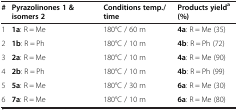
<table><thead><tr><td><b>#</b></td><td><b>Pyrazolinones 1 &amp; isomers 2</b></td><td><b>Conditions temp./time</b></td><td><b>Products yield<sup>a </sup>(%)</b></td></tr></thead><tbody><tr><td>1</td><td><b>1a</b>: R = Me</td><td>180°C / 60 m</td><td><b>4a</b>: R = Me (35)</td></tr><tr><td>2</td><td><b>1b</b>: R = Ph</td><td>180°C / 10 m</td><td><b>4b</b>: R = Ph (72)</td></tr><tr><td>3</td><td><b>2a</b>: R = Me</td><td>180°C / 10 m</td><td><b>4a</b>: R = Me (90)</td></tr><tr><td>4</td><td><b>2b</b>: R = Ph</td><td>180°C / 10 m</td><td><b>4b</b>: R = Ph (99)</td></tr><tr><td>5</td><td><b>5a</b>: R = Me</td><td>180°C / 30 m</td><td><b>6a</b>: R = Me (30)</td></tr><tr><td>6</td><td><b>7a</b>: R = Me</td><td>180°C / 10 m</td><td><b>6a</b>: R = Me (80)</td></tr></tbody></table>